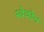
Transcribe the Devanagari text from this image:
स्वेच्छेन